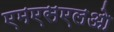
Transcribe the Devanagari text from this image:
एमएसएलओ